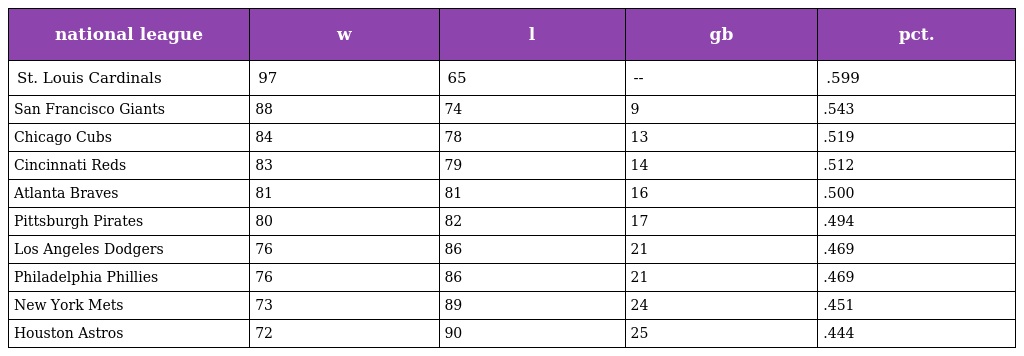
| national league | w | l | gb | pct. |
 | --- | --- | --- | --- | --- |
 | St. Louis Cardinals | 97 | 65 | -- | .599 |
 | San Francisco Giants | 88 | 74 | 9 | .543 |
 | Chicago Cubs | 84 | 78 | 13 | .519 |
 | Cincinnati Reds | 83 | 79 | 14 | .512 |
 | Atlanta Braves | 81 | 81 | 16 | .500 |
 | Pittsburgh Pirates | 80 | 82 | 17 | .494 |
 | Los Angeles Dodgers | 76 | 86 | 21 | .469 |
 | Philadelphia Phillies | 76 | 86 | 21 | .469 |
 | New York Mets | 73 | 89 | 24 | .451 |
 | Houston Astros | 72 | 90 | 25 | .444 |